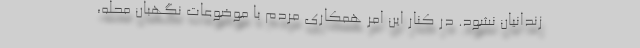
زندانیان نشود. در کنار این امر همکاری مردم با موضوعات نگهبان محله،